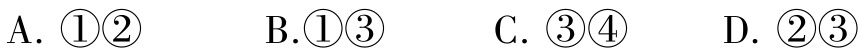
A. \(\textcircled{1}\textcircled{2}\)  B.\(\textcircled{1}\textcircled{3}\)  C. \(\textcircled{3}\textcircled{4}\)  D. \(\textcircled{2}\textcircled{3}\)